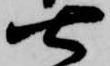
七